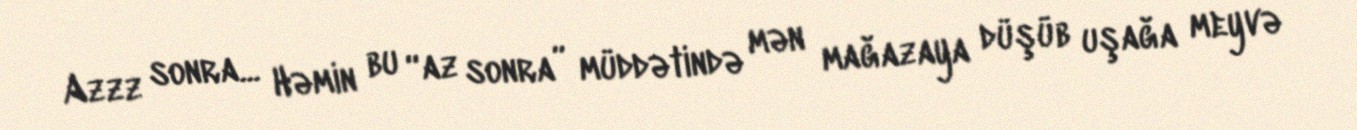
Azzz sonra... Həmin bu “az sonra” müddətində mən mağazaya düşüb uşağa meyvə